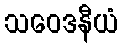
သဝေဒနီယံ